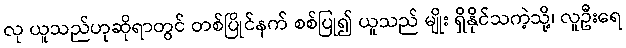
လု ယူသည်ဟုဆိုရာတွင် တစ်ပြိုင်နက် စစ်ပြု၍ ယူသည် မျိုး ရှိနိုင်သကဲ့သို့၊ လူဦးရေ